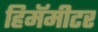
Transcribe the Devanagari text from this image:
हिमॅमीटर